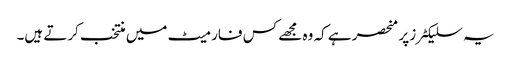
یہ سلیکٹرز پر منحصر ہے کہ وہ مجھے کس فارمیٹ میں منتخب کرتے ہیں۔